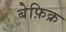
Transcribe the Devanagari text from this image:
बेफ़िक्र